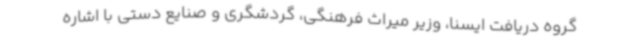
گروه دریافت ایسنا، وزیر میراث‌ فرهنگی، گردشگری و صنایع‌ دستی با اشاره